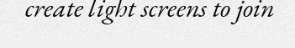
create light screens to join